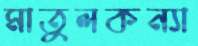
মাতুলকন্যা